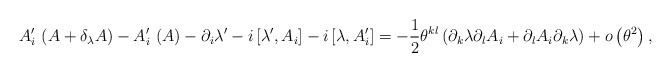
\begin{align*}A_{i}^{\prime }\,\left( A+\delta _{\lambda }A\right) -A_{i}^{\prime}\,\left( A\right) -\partial _{i}\lambda ^{\prime }-i\left[ \lambda ^{\prime},A_{i}\right] -i\left[ \lambda ,A_{i}^{\prime }\right] =-\frac{1}{2}\theta^{kl}\left( \partial _{k}\lambda \partial _{l}A_{i}+\partial_{l}A_{i}\partial _{k}\lambda \right) +o \left( \theta ^{2}\right) ,\end{align*}